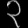
Digit: ၃